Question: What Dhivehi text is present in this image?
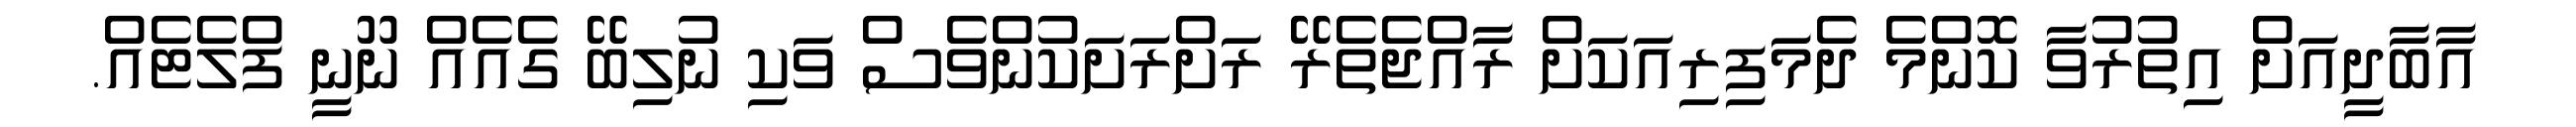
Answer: އާބާދީއަށް އިތުރުވާ ކޮންމެ ދެމަފިރިއަކަށް ރާއްޖެތެރޭ ރަށްރަށަކުންވެސް ވަކި ނުލިބޭ ގެއެއް ނޫނީ ފްލެޓެއް.